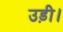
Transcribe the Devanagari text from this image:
उड़ी।